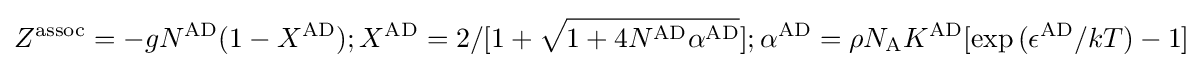
Z^{\rm {assoc}}=-gN^{\text{AD}}(1-X^{\text{AD}});X^{\text{AD}}=2/[1+{\sqrt {1+4N^{\text{AD}}\alpha ^{\text{AD}}}}];\alpha ^{\text{AD}}=\rho N_{\text{A}}K^{\text{AD}}[\exp {(\epsilon ^{\text{AD}}/kT)-1]}